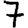
Digit: 7